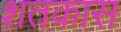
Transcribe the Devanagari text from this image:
शतकास